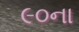
૯૦ના